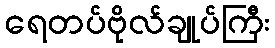
ရေတပ်ဗိုလ်ချုပ်ကြီး